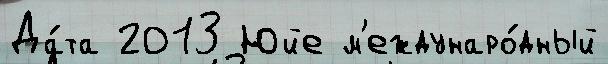
Да́та 2013 Юйе м'еждунаро́дный